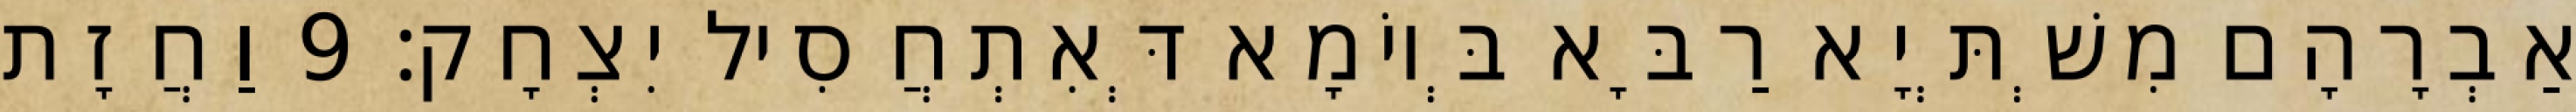
אַבְרָהָם מִשְׁתְּיָא רַבָּא בְּיוֹמָא דְּאִתְחֲסִיל יִצְחָק׃ 9 וַחֲזָת